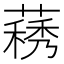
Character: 𦽧